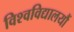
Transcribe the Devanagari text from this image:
विश्वविद्यालयौं